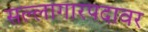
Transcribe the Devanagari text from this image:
सल्लागारपदावर